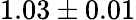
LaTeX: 1.03\pm 0.01